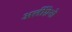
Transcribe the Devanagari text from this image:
अर्लीग्रेनो